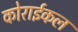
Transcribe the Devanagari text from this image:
कोराईकल